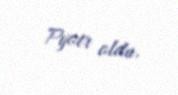
Pyotr oldu.